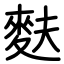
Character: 麩